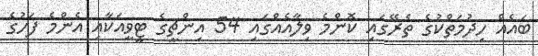
ބައެއް ހިދުމަތްކުގެ ތެރޭގައި ކޮންމެ ވިލާއެއްގައި 54 އިންޗީގެ ޓީވީއަކާއި އެންމެ ފަހުގެ